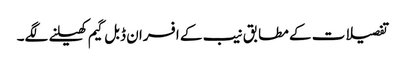
تفصیلات کے مطابق نیب کے افسران ڈبل گیم کھیلنے لگے۔